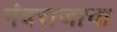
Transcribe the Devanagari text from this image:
नंदराजाचा